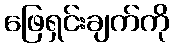
ဖြေရှင်းချက်ကို